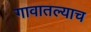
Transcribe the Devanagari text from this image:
गावातल्याच